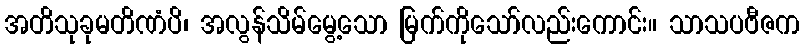
အတိသုခုမတိဏံပိ၊ အလွန်သိမ်မွေ့သော မြက်ကိုသော်လည်းကောင်း။ သာသပဗီဇက